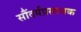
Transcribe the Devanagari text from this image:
सौंदर्यप्रसाधक